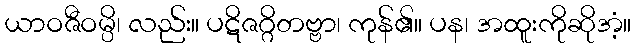
ယာဝဇီဝမ္ပိ၊ လည်း။ ပဋိဇဂ္ဂိတဗ္ဗာ၊ ကုန်၏။ ပန၊ အထူးကိုဆိုအံ့။